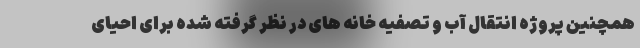
همچنین پروژه انتقال آب و تصفیه خانه های در نظر گرفته شده برای احیای